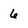
Character: 8